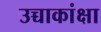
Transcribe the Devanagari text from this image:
उच्चाकांक्षा